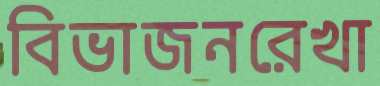
বিভাজনরেখা